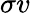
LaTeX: \sigma{}v